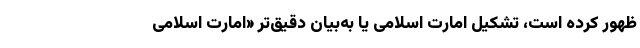
ظهور کرده است، تشکیل امارت اسلامی یا به‌بیان دقیق‌تر «امارت اسلامی